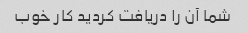
شما آن را دریافت کردید کار خوب